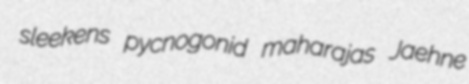
sleekens pycnogonid maharajas Jaehne